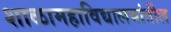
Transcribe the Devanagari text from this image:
शाळामहाविद्यालयांतील